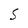
Character: S